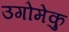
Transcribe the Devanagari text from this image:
उगोमेकु